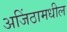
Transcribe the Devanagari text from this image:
अजिंठामधील